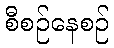
စီစဉ်နေစဉ်